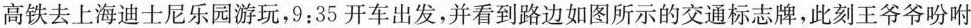
高铁去上海迪士尼乐园游玩，9:35开车出发，并看到路边如图所示的交通标志牌，此刻王爷爷吩咐